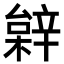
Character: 𨐠